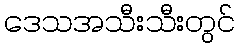
ဒေသအသီးသီးတွင်